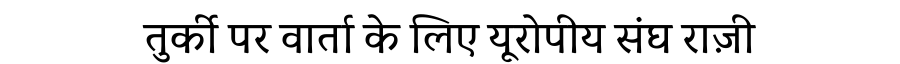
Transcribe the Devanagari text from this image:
तुर्की पर वार्ता के लिए यूरोपीय संघ राज़ी